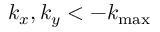
k _ { x } , k _ { y } < - k _ { \mathrm { m a x } }